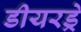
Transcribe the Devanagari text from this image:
डीयरड्रे